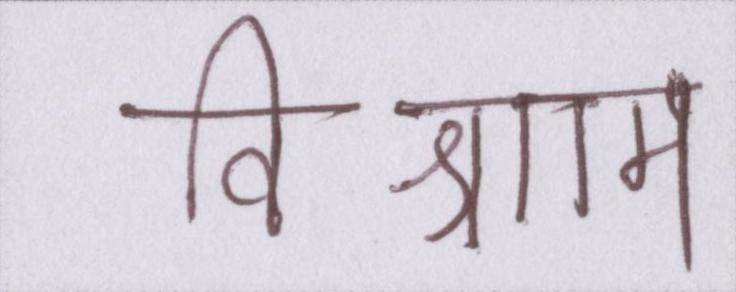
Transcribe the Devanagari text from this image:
विश्राम